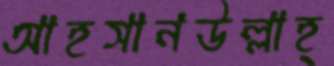
আহসানউল্লাহ্